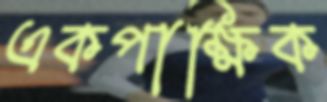
একপাক্ষিক